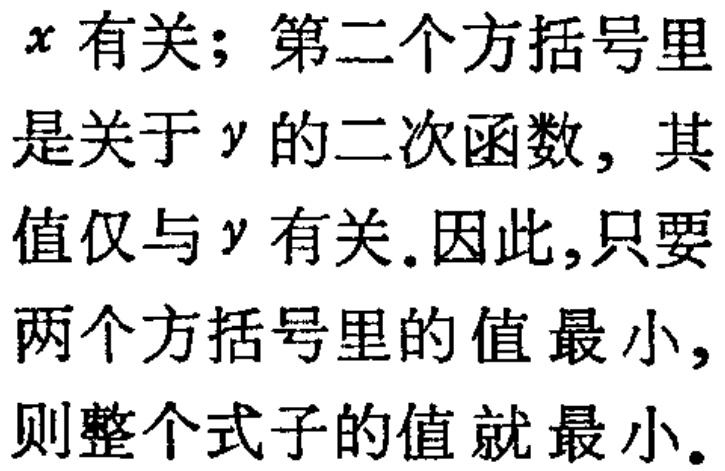
$x有关；第二个方括号里\\是关于y的二次函数，其\\值仅与y有关. 因此,只要\\两个方括号里的值最小，\\则整个式子的值就最小.$